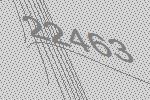
22463